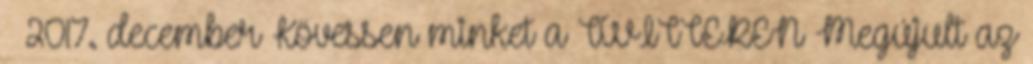
– 2017. december Kövessen minket a TWITTEREN Megújult az